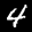
Label: 4